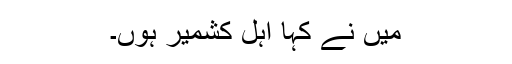
میں نے کہا اہل کشمیر ہوں۔